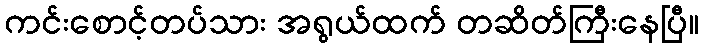
ကင်းစောင့်တပ်သား အရွယ်ထက် တဆိတ်ကြီးနေပြီ။